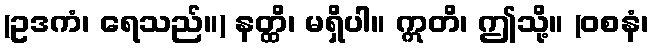
(ဥဒကံ၊ ရေသည်။) နတ္ထိ၊ မရှိပါ။ ဣတိ၊ ဤသို့။ (ဝစနံ၊